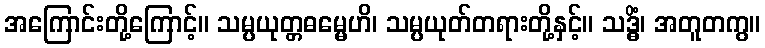
အကြောင်းတို့ကြောင့်။ သမ္ပယုတ္တဓမ္မေဟိ၊ သမ္ပယုတ်တရားတို့နှင့်။ သဒ္ဓိံ၊ အတူတကွ။